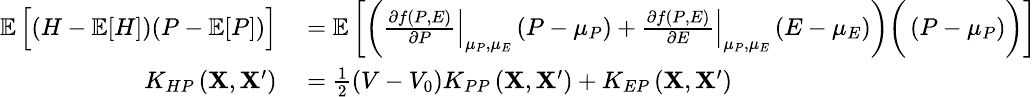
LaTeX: \small\begin{array}{rl}{\mathop{{}\mathbb{E}}\Big[(H-\mathop{{}\mathbb{E}}[H])(P-\mathop{{}\mathbb{E}}[P])\Big]}&{{}=\mathop{{}\mathbb{E}}\bigg[\bigg(\left.\frac{\partial f\left(P,E\right)}{\partial P}\right|_{\mu_{P},\mu_{E}}\left(P-\mu_{P}\right)+\left.\frac{\partial f\left(P,E\right)}{\partial E}\right|_{\mu_{P},\mu_{E}}\left(E-\mu_{E}\right)\bigg)\bigg(\left(P-\mu_{P}\right)\bigg)\bigg]}\\ {K_{HP}\left(\mathbf{X},\mathbf{X}^{\prime}\right)}&{{}=\frac{1}{2}\left(V-V_{0}\right)K_{PP}\left(\mathbf{X},\mathbf{X}^{\prime}\right)+K_{EP}\left(\mathbf{X},\mathbf{X}^{\prime}\right)}\end{array}